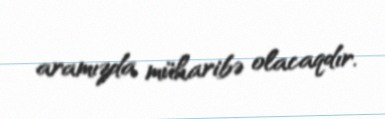
aramızda müharibə olacaqdır.